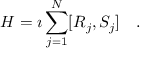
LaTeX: H = \imath \sum _ { j = 1 } ^ { N } [ R _ { j } , S _ { j } ] ~ ~ ~ .